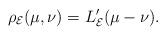
LaTeX: \begin{gather*}\rho_{\mathcal E}(\mu, \nu)=L_{\mathcal E}'(\mu-\nu).\end{gather*}